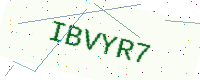
Text: IBVYR7